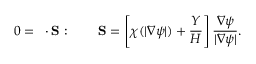
0 = \mathbf { \nabla } \cdot \mathbf { S } : ~ ~ ~ ~ ~ ~ \mathbf { S } = \left[ \chi ( | \nabla \psi | ) + \frac { Y } { H } \right] \frac { \nabla \psi } { | \nabla \psi | } .